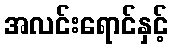
အလင်းရောင်နှင့်